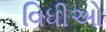
વિધીઓ